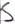
Text: S